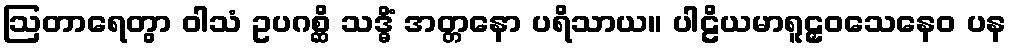
ဩတာရေတွာ ဝါသံ ဥပဂစ္ဆိ သဒ္ဓိံ အတ္တနော ပရိသာယ။ ပါဠိယမာရူဠှဝသေနေဝ ပန